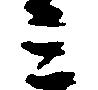
ミ